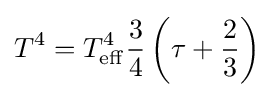
T^{4}=T_{\rm {eff}}^{4}{\frac {3}{4}}\left(\tau +{\frac {2}{3}}\right)